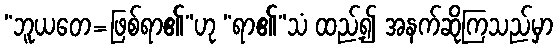
“ဘူယတေ=ဖြစ်ရာ၏”ဟု “ရာ၏”သံ ထည့်၍ အနက်ဆိုကြသည်မှာ